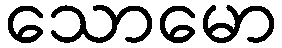
သောမော